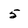
Character: 5